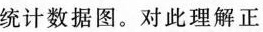
统计数据图。对此理解正